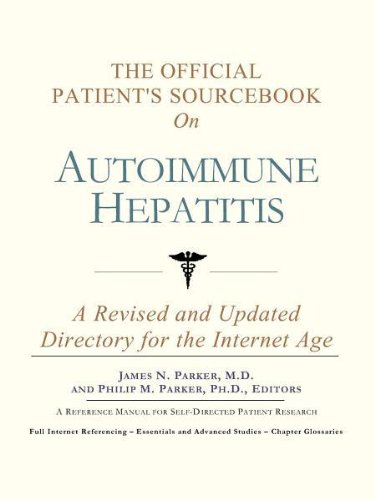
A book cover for The Official Patient's Sourcebook on Autoimmune Hepatitis: A Revised and Updated Directory for the Internet Age; Icon Health Publications; Health, Fitness & Dieting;